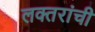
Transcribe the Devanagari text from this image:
लक्‍तरांची